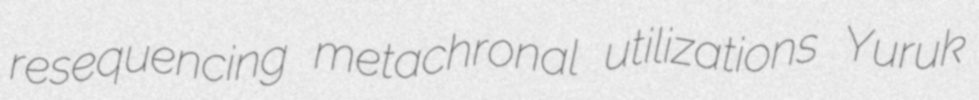
resequencing metachronal utilizations Yuruk